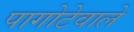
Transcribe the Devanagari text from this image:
पागोटेवाले